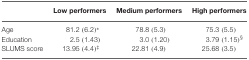
<table><thead><tr><td></td><td><b>Low performers</b></td><td><b>Medium performers</b></td><td><b>High performers</b></td></tr></thead><tbody><tr><td>Age</td><td>81.2 (6.2)*</td><td>78.8 (5.3)</td><td>75.3 (5.5)</td></tr><tr><td>Education</td><td>2.5 (1.43)</td><td>3.0 (1.20)</td><td>3.79 (1.15)<sup>§</sup></td></tr><tr><td>SLUMS score</td><td>13.95 (4.4)<sup>‡</sup></td><td>22.81 (4.9)</td><td>25.68 (3.5)</td></tr></tbody></table>